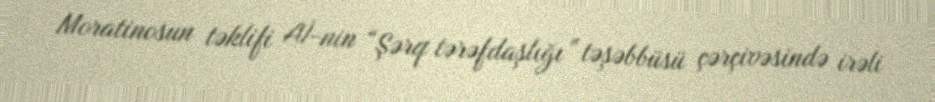
Moratinosun təklifi Aİ-nin “Şərq tərəfdaşlığı” təşəbbüsü çərçivəsində irəli